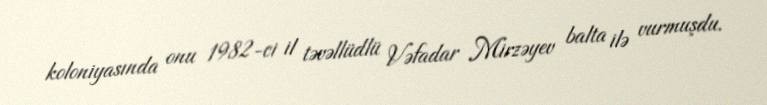
koloniyasında onu 1982-ci il təvəllüdlü Vəfadar Mirzəyev balta ilə vurmuşdu.